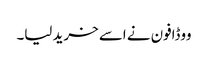
ووڈافون نے اسے خرید لیا۔